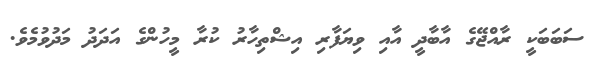
ސަބަބަކީ ރާއްޖޭގެ އާބާދީ އާއި ވިޔަފާރި އިޝްތިހާރު ކުރާ މީހުންގެ އަދަދު މަދުވުމެވެ.